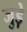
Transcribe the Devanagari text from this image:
जुड़े़